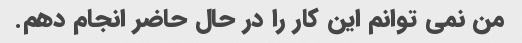
من نمی توانم این کار را در حال حاضر انجام دهم.